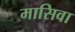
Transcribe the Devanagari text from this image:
मासिवा